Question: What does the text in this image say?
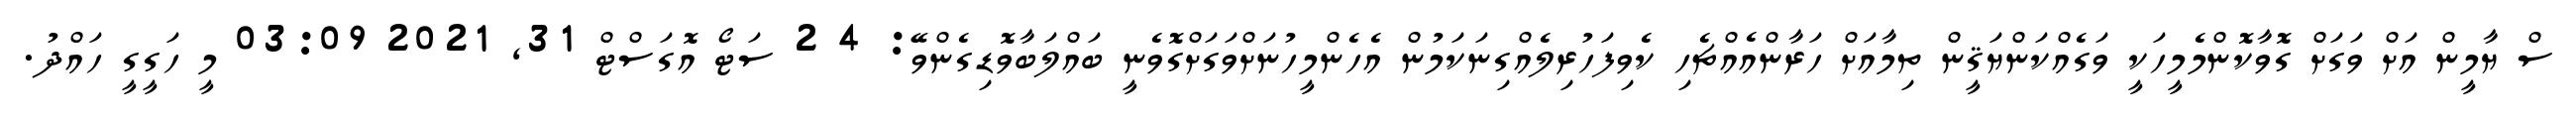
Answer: ސް ޔާމީން އަށް ވަގަށް ގޮވާކޮންމެމީހަކީ ވަގެއްކަންޔަޤީން ތިމާއަށް ހަރާންއެއްޗެހި ކެވިފަހުރިލެއްގިނަކަމުން އެހެންމީހުނަށްވަގަށްގޮވެނީ ބައްލަބާވޮޑިގެންވޭ: 4 2 ސަޓޯ އޮގަސްޓް 31, 2021 03:09 މީ ހަގީގީ ހައްދު.